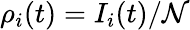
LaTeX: \rho_{i}(t)=I_{i}(t)/\mathcal{N}